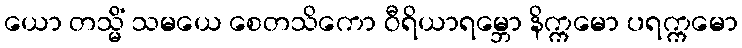
ယော တသ္မိံ သမယေ စေတသိကော ဝီရိယာရမ္ဘော နိက္ကမော ပရက္ကမော